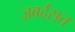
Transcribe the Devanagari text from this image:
ज़बर्दसत